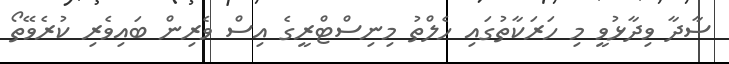
ސާދާ ވިދާޅުވީ މި ހަރަކާތުގައި ހެލްތު މިނިސްޓްރީގެ އިސް ވެރިން ބައިވެރި ކުރެވޭތޯ